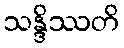
သန္ဒိဿတိ